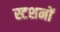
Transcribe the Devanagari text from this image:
स्टशनों